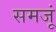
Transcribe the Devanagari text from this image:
समजूं